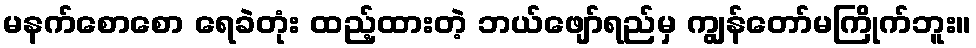
မနက်စောစော ရေခဲတုံး ထည့်ထားတဲ့ ဘယ်ဖျော်ရည်မှ ကျွန်တော်မကြိုက်ဘူး။